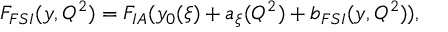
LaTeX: F _ { F S I } ( y , Q ^ { 2 } ) = F _ { I A } ( y _ { 0 } ( \xi ) + a _ { \xi } ( Q ^ { 2 } ) + b _ { F S I } ( y , Q ^ { 2 } ) ) ,